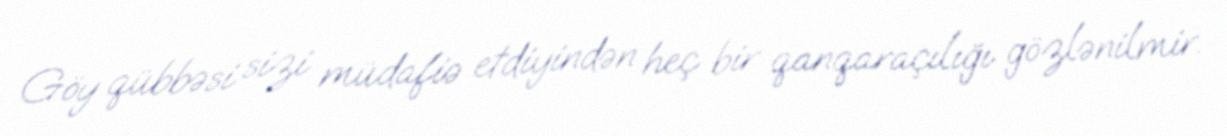
Göy qübbəsi sizi müdafiə etdiyindən heç bir qanqaraçılığı gözlənilmir.